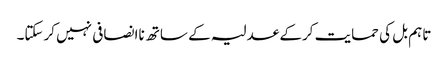
تاہم بل کی حمایت کرکے عدلیہ کے ساتھ ناانصافی نہیں کرسکتا۔